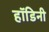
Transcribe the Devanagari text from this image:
हॉडिनी